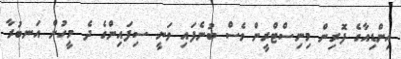
އިންޑިއާގެ ފޮރިން މިނިސްޓްރީން ވެސް ބުނެފައި ވަނީ ސިފައިންގެ ދެ މީހުން އަނބުރާ